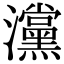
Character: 灙